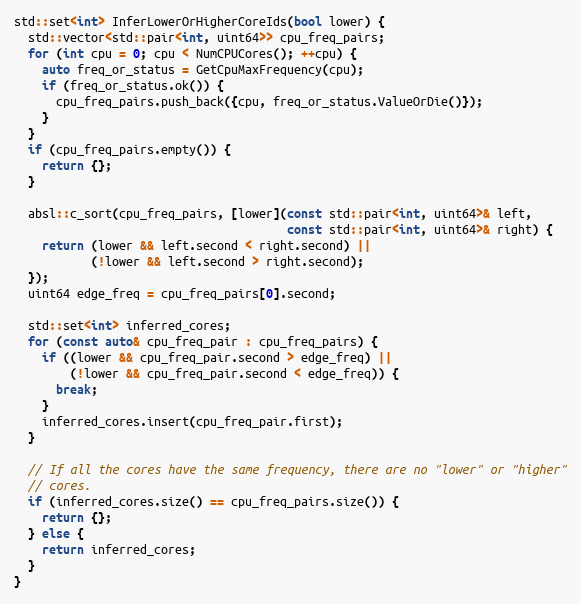
Language: C++
std::set<int> InferLowerOrHigherCoreIds(bool lower) {
  std::vector<std::pair<int, uint64>> cpu_freq_pairs;
  for (int cpu = 0; cpu < NumCPUCores(); ++cpu) {
    auto freq_or_status = GetCpuMaxFrequency(cpu);
    if (freq_or_status.ok()) {
      cpu_freq_pairs.push_back({cpu, freq_or_status.ValueOrDie()});
    }
  }
  if (cpu_freq_pairs.empty()) {
    return {};
  }

  absl::c_sort(cpu_freq_pairs, [lower](const std::pair<int, uint64>& left,
                                       const std::pair<int, uint64>& right) {
    return (lower && left.second < right.second) ||
           (!lower && left.second > right.second);
  });
  uint64 edge_freq = cpu_freq_pairs[0].second;

  std::set<int> inferred_cores;
  for (const auto& cpu_freq_pair : cpu_freq_pairs) {
    if ((lower && cpu_freq_pair.second > edge_freq) ||
        (!lower && cpu_freq_pair.second < edge_freq)) {
      break;
    }
    inferred_cores.insert(cpu_freq_pair.first);
  }

  // If all the cores have the same frequency, there are no "lower" or "higher"
  // cores.
  if (inferred_cores.size() == cpu_freq_pairs.size()) {
    return {};
  } else {
    return inferred_cores;
  }
}